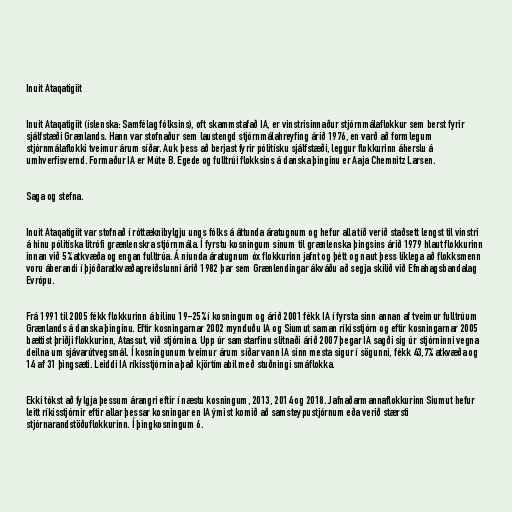
Inuit Ataqatigiit

Inuit Ataqatigiit (íslenska: Samfélag fólksins), oft skammstafað IA, er vinstrisinnaður stjórnmálaflokkur sem berst fyrir
sjálfstæði Grænlands. Hann var stofnaður sem laustengd stjórnmálahreyfing árið 1976, en varð að formlegum
stjórnmálaflokki tveimur árum síðar. Auk þess að berjast fyrir pólitísku sjálfstæði, leggur flokkurinn áherslu á
umhverfisvernd. Formaður IA er Múte B. Egede og fulltrúi flokksins á danska þinginu er Aaja Chemnitz Larsen.

Saga og stefna.

Inuit Ataqatigiit var stofnað í róttæknibylgju ungs fólks á áttunda áratugnum og hefur alla tíð verið staðsett lengst til vinstri
á hinu pólitíska litrófi grænlenskra stjórnmála. Í fyrstu kosningum sínum til grænlenska þingsins árið 1979 hlaut flokkurinn
innan við 5% atkvæða og engan fulltrúa. Á níunda áratugnum óx flokkurinn jafnt og þétt og naut þess líklega að flokksmenn
voru áberandi í þjóðaratkvæðagreiðslunni árið 1982 þar sem Grænlendingar ákváðu að segja skilið við Efnahagsbandalag
Evrópu.

Frá 1991 til 2005 fékk flokkurinn á bilinu 19-25% í kosningum og árið 2001 fékk IA í fyrsta sinn annan af tveimur fulltrúum
Grænlands á danska þinginu. Eftir kosningarnar 2002 mynduðu IA og Siumut saman ríkisstjórn og eftir kosningarnar 2005
bættist þriðji flokkurinn, Atassut, við stjórnina. Upp úr samstarfinu slitnaði árið 2007 þegar IA sagði sig úr stjórninni vegna
deilna um sjávarútvegsmál. Í kosningunum tveimur árum síðar vann IA sinn mesta sigur í sögunni, fékk 43,7% atkvæða og
14 af 31 þingsæti. Leiddi IA ríkisstjórnina það kjörtímabil með stuðningi smáflokka.

Ekki tókst að fylgja þessum árangri eftir í næstu kosningum, 2013, 2014 og 2018. Jafnaðarmannaflokkurinn Siumut hefur
leitt ríkisstjórnir eftir allar þessar kosningar en IA ýmist komið að samsteypustjórnum eða verið stærsti
stjórnarandstöðuflokkurinn. Í þingkosningum 6.